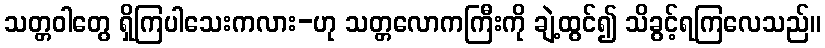
သတ္တဝါတွေ ရှိကြပါသေးကလား-ဟု သတ္တလောကကြီးကို ချဲ့ထွင်၍ သိခွင့်ရကြလေသည်။